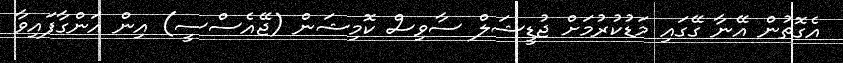
އެގޮތުން އޭނާ ގޭގައި މަޑުކުރުމަށް ޖުޑީޝަލް ސާވިސް ކޮމިޝަން (ޖޭއެސްސީ) އިން އަންގާފައިވާ